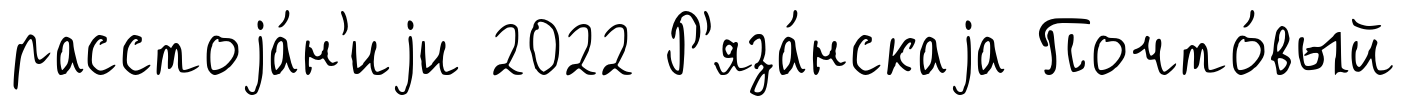
расстоjа́н'иjи 2022 Р'яза́нскаjа Почто́вый